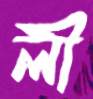
লী